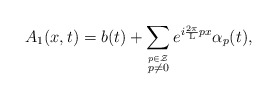
\begin{align*}A_1(x,t) =b(t) + \sum_{\stackrel{p \in \cal Z}{p \neq 0}}e^{i\frac{2\pi}{\rm L} px} {\alpha}_p(t),\end{align*}